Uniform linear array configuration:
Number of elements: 24
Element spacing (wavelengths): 0.75
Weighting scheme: kaiser
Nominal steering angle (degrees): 60
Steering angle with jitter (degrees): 59.626
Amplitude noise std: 0.05
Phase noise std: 0.05

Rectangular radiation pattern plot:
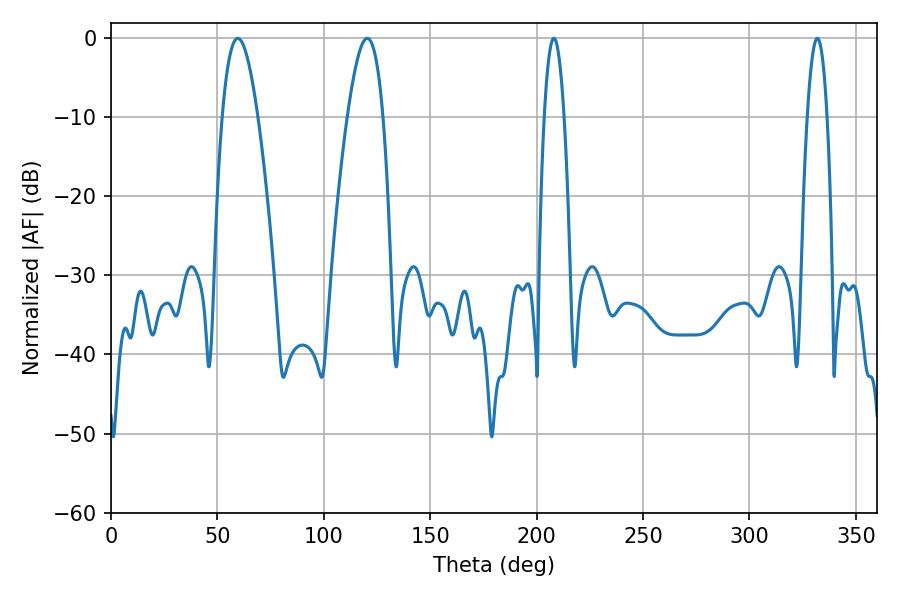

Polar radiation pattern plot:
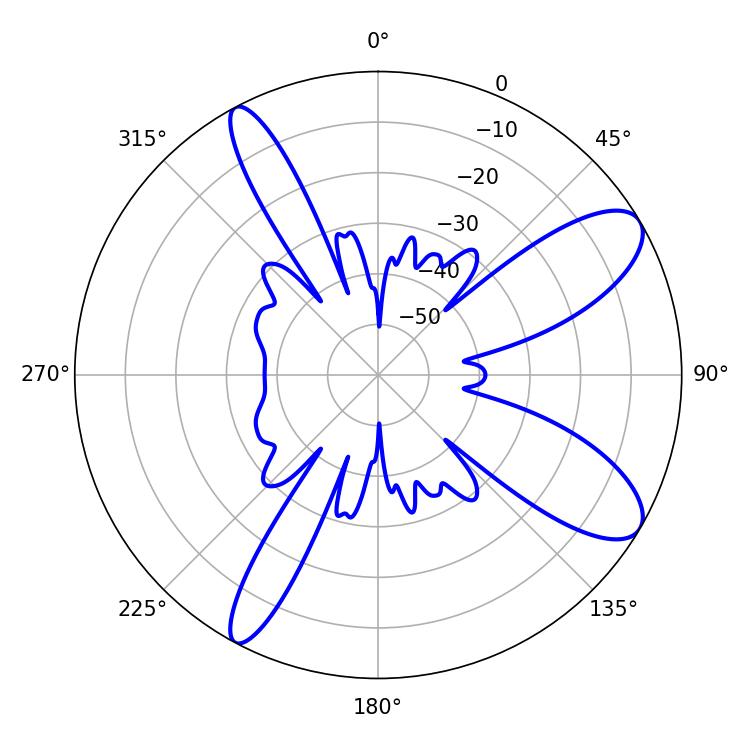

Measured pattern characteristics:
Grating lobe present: TRUE
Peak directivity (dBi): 9.858
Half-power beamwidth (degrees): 9.18
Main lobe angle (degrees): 59.58